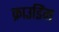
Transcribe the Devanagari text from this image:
क्राउडिंग